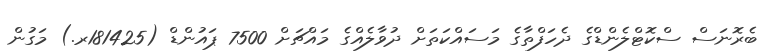
ބެރޮނަސް ސްކޮޓްލެންޑްގެ ދެހަފްތާގެ މަސައްކަތަށް ދުވާލެއްގެ މައްޗަށް 7500 ޕައުންޑް (181425ރ.) މަގުން